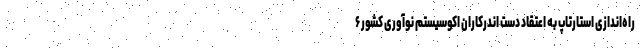
راه‌اندازی استارتاپ به اعتقاد دست اندرکاران اکوسیستم نوآوری کشور ۶